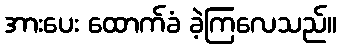
အားပေး ထောက်ခံ ခဲ့ကြလေသည်။